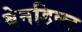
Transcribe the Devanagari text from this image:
बेनडिक्ट